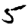
Digit: 5